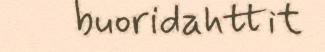
buoridahttit